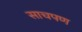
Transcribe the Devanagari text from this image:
साचपण